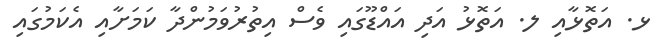
ޅ. އަތޮޅާއި ލ. އަތޮޅު އަދި އައްޑޫގައި ވެސް އިތުރުވަމުންދާ ކަމަށާއި އެކަމުގައި